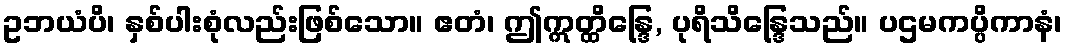
ဥဘယံပိ၊ နှစ်ပါးစုံလည်းဖြစ်သော။ ဧတံ၊ ဤဣတ္ထိန္ဒြေ, ပုရိသိန္ဒြေသည်။ ပဌမကပ္ပိကာနံ၊